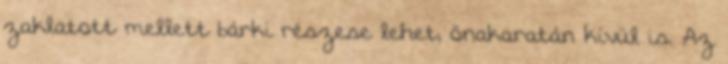
zaklatott mellett bárki részese lehet, önakaratán kívül is. Az